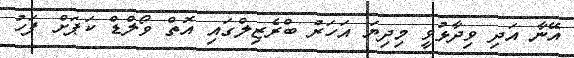
އޭނާ އަދި ވިދާޅުވީ މިދިޔަ އަހަރު ބްރެޒިލްގައި އޮތް ވޯލްޑް ކަޕަށް ފަހު